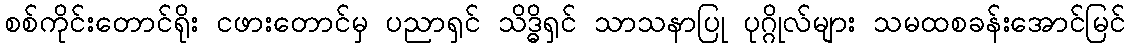
စစ်ကိုင်းတောင်ရိုး ငဖားတောင်မှ ပညာရှင် သိဒ္ဓိရှင် သာသနာပြု ပုဂ္ဂိုလ်များ သမထစခန်းအောင်မြင်